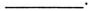
___.